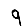
Digit: 9